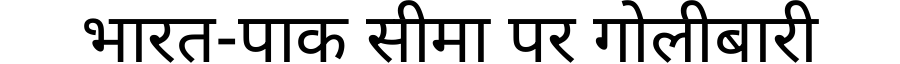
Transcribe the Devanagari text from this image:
भारत-पाक सीमा पर गोलीबारी